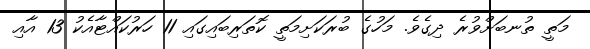
މަތީ ތުނބަށްވުރެ ދިގެވެ. މަހުގެ ބުރަކަށިމަތީ ކޮތަރިބައިގައި 11 ހަރުކައްޓާއެކު 13 އާއި